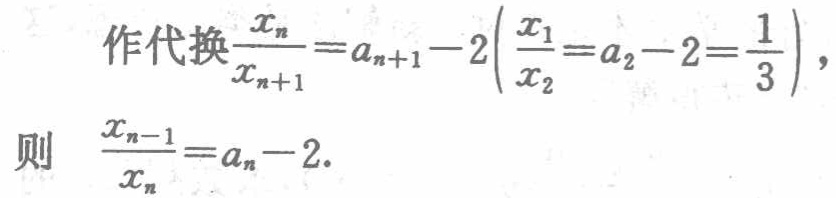
作代换$\frac{x_{n}}{x_{n + 1}} = a_{n + 1} - 2\left(\frac{x_{1}}{x_{2}} = a_{2} - 2 = \frac{1}{3}\right)$，

则 $\frac{x_{n - 1}}{x_{n}} = a_{n} - 2$.